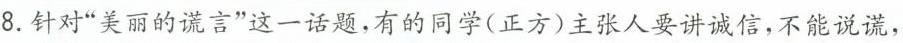
8.针对”美丽的谎言”这一话题，有的同学(正方)主张人要讲诚信，不能说谎，